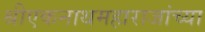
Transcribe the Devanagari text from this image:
श्रीएकनाथमहाराजांच्या